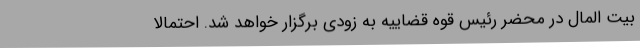
بیت المال در محضر رئیس قوه قضاییه به زودی برگزار خواهد شد. احتمالا